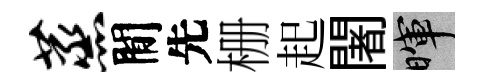
蒸閒先栅起闍暉